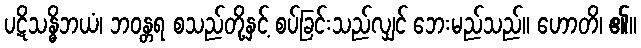
ပဋိသန္ဓိဘယံ၊ ဘဝန္တရ စသည်တို့နှင့် စပ်ခြင်းသည်လျှင် ဘေးမည်သည်။ ဟောတိ၊ ၏။